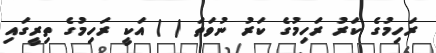
ރަހިމުގެ ކަރު ރަހިމުގެ ކަރު ނުވަތަ ( ) އަކީ ރަހިމުގެ ތިރީގައި